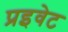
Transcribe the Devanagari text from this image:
प्रइवेट